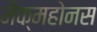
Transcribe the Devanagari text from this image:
मैक्महोनस